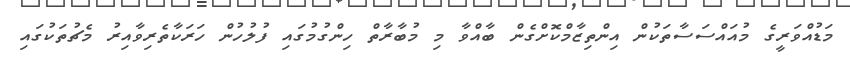
މަޑުއްވަރީގެ މުއައްސަސާތަކުން އިންތިޒާމްކޮށްގެން ބާއްވާ މި މުބާރާތް ހިންގުމުގައި ފުލުހުން ހަރަކާތެރިވާއިރު މެޗުތަކުގައި